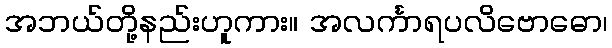
အဘယ်တို့နည်းဟူကား။ အလင်္ကာရပလိဗောဓော၊